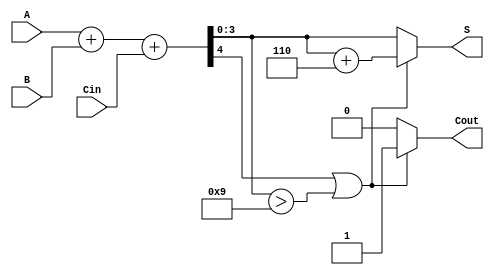
module bcd_parallel_adder (
    input [3:0] A,      // First BCD digit
    input [3:0] B,      // Second BCD digit
    input Cin,          // Carry-in
    output reg [3:0] S, // BCD sum output
    output reg Cout     // Carry-out
);

// Internal signal for the binary sum
wire [4:0] sum; // 5-bit sum to accommodate carry
wire adjust;    // Adjustment signal for BCD correction

// Compute the binary sum
assign sum = A + B + Cin;

// Check for BCD adjustment condition
assign adjust = (sum[4] || (sum[3:0] > 4'b1001));

// Always block for generating BCD output and carry-out
always @(*) begin
    if (adjust) begin
        S = sum[3:0] + 4'b0110; // Adjust the sum by adding 6
        Cout = 1'b1;            // Set carry-out
    end else begin
        S = sum[3:0];           // No adjustment needed
        Cout = 1'b0;            // No carry-out
    end
end

endmodule